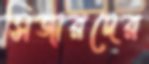
সিজারদের